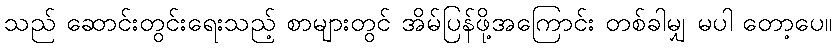
သည် ဆောင်းတွင်းရေးသည့် စာများတွင် အိမ်ပြန်ဖို့အကြောင်း တစ်ခါမျှ မပါ တော့ပေ။